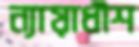
ন্যায়াধীশ